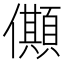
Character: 𠐾